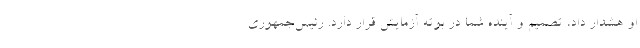
او هشدار داد، تصمیم و آینده شما در بوته آزمایش قرار دارد. رئیس‌جمهوری